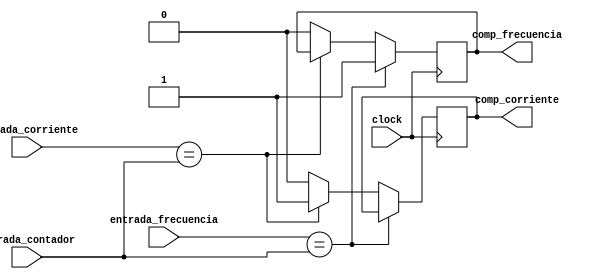
`timescale 1ns / 1ps

module Comparador(
entrada_corriente,
entrada_frecuencia,
entrada_contador,
comp_corriente,
comp_frecuencia,
clock
);

input [11:0] entrada_corriente;
input [11:0] entrada_frecuencia;
input [11:0] entrada_contador;
input clock;

output comp_corriente;
output comp_frecuencia;

wire [11:0] entrada_corriente;
wire [11:0] entrada_frecuencia;
wire [11:0] entrada_contador;
wire clock;

reg comp_corriente;
reg comp_frecuencia;

always @(posedge clock) begin
	if (entrada_frecuencia == entrada_contador) begin
		comp_frecuencia = 1;
	end
	else if (entrada_corriente == entrada_contador) begin
		comp_corriente = 1;
	end
	else begin
		comp_frecuencia = 0;
		comp_corriente = 0;
	end
end

endmodule